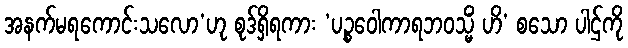
အနက်မရကောင်းသလော’ဟု စုဒ်ရှိရကား ‘ပဉ္စဝေါကာရဘဝသ္မိံ ဟိ’ စသော ပါဌ်ကို